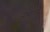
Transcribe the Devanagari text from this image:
जाँबाजी